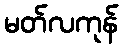
မတ်လကုန်